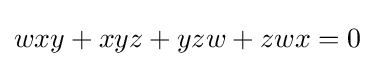
wxy+xyz+yzw+zwx=0